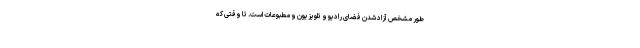
طور مشخص آزاد شدن فضای رادیو و تلویزیون و مطبوعات است. تا وقتی که